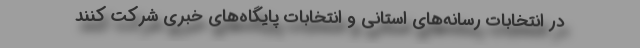
در انتخابات رسانه‌های استانی و انتخابات پایگاه‌های خبری شرکت کنند